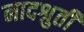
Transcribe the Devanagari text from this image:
नादश्रुती